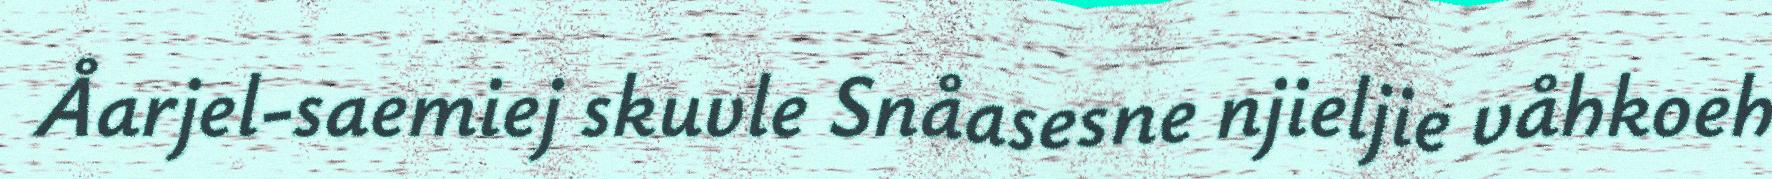
Åarjel-saemiej skuvle Snåasesne njieljie våhkoeh